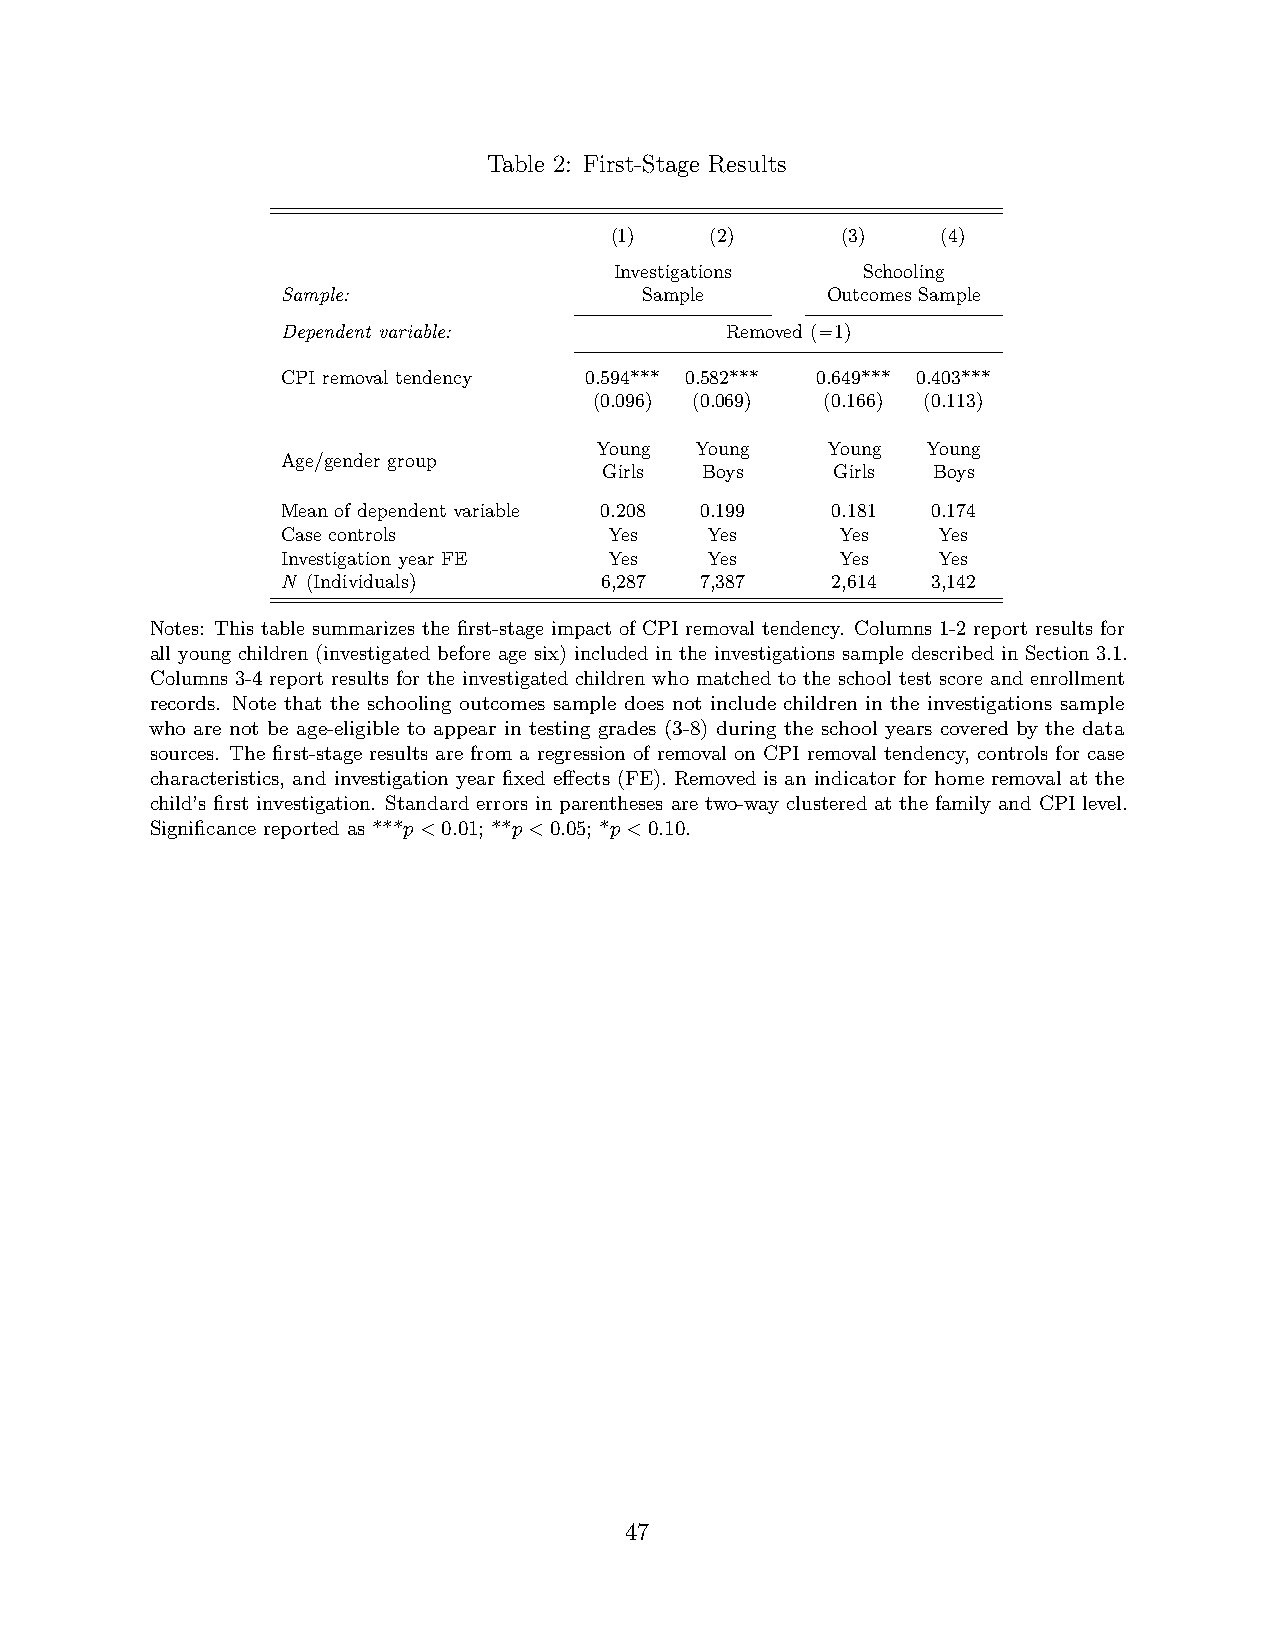
Table 2: First-Stage Results
 (1)    (2)      (3)   (4)
 Investigations  Schooling
 Sample:                Sample       Outcomes Sample
 Dependent variable:          Removed (=1)
 CPI removal tendency 0.594*** 0.582*** 0.649*** 0.403***
 (0.096) (0.069) (0.166) (0.113)
 Young  Young    Young Young
 Age/gender group
 Girls Boys     Girls  Boys
 Mean of dependent variable 0.208 0.199 0.181 0.174
 Case controls        Yes    Yes      Yes   Yes
 Investigation year FE Yes   Yes      Yes   Yes
 N (Individuals)      6,287 7,387    2,614  3,142
 Notes: This table summarizes the first-stage impact of CPI removal tendency. Columns 1-2 report results for
 all young children (investigated before age six) included in the investigations sample described in Section 3.1.
 Columns 3-4 report results for the investigated children who matched to the school test score and enrollment
 records. Note that the schooling outcomes sample does not include children in the investigations sample
 who are not be age-eligible to appear in testing grades (3-8) during the school years covered by the data
 sources. The first-stage results are from a regression of removal on CPI removal tendency, controls for case
 characteristics, and investigation year fixed effects (FE). Removed is an indicator for home removal at the
 child’s first investigation. Standard errors in parentheses are two-way clustered at the family and CPI level.
 Significance reported as ***p<0.01; **p<0.05; *p<0.10.
 47
 1